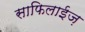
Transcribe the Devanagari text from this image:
साफिलाईज़